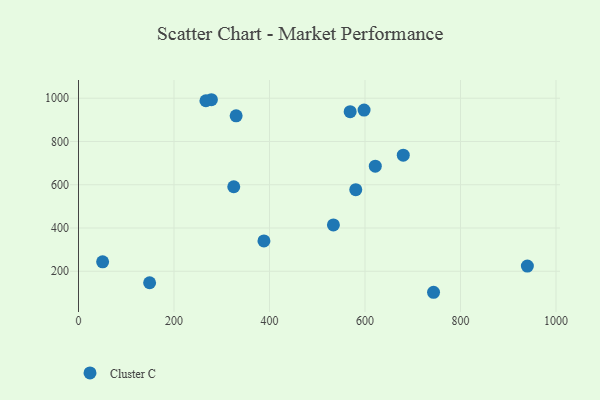
{"axis": {"x": "Experience", "y": "Sales"}, "legend": ["Cluster C"], "data": [{"x": "680.1", "y": 736.7, "type": "Cluster C"}, {"x": "533.8", "y": 414.1, "type": "Cluster C"}, {"x": "388.3", "y": 340.5, "type": "Cluster C"}, {"x": "330.1", "y": 918.4, "type": "Cluster C"}, {"x": "580.6", "y": 577.4, "type": "Cluster C"}, {"x": "148.9", "y": 147.0, "type": "Cluster C"}, {"x": "278.3", "y": 993.0, "type": "Cluster C"}, {"x": "940.0", "y": 223.8, "type": "Cluster C"}, {"x": "621.5", "y": 685.7, "type": "Cluster C"}, {"x": "568.9", "y": 937.7, "type": "Cluster C"}, {"x": "266.8", "y": 988.3, "type": "Cluster C"}, {"x": "325.1", "y": 590.7, "type": "Cluster C"}, {"x": "50.5", "y": 243.6, "type": "Cluster C"}, {"x": "598.0", "y": 945.1, "type": "Cluster C"}, {"x": "743.5", "y": 102.9, "type": "Cluster C"}]}